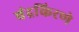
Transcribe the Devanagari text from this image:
चंद्रकिरणे